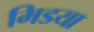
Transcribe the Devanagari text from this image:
मिडया